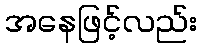
အနေဖြင့်လည်း